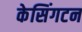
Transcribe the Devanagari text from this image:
केसिंगटन